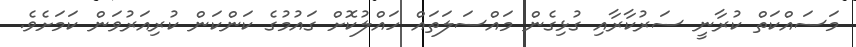
މަސައްކަތް ކުރާނީ ސަރުކާރާއި ގުޅިގެން މައްސަލަތައް ހައްލުކޮށް ގައުމުގެ ކަންކަން ކުރިއަރުވަން ކަަމަށެވެ.